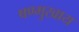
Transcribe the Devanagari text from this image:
षण्मुखाय